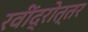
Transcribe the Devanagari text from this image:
रवींद्रोत्तर